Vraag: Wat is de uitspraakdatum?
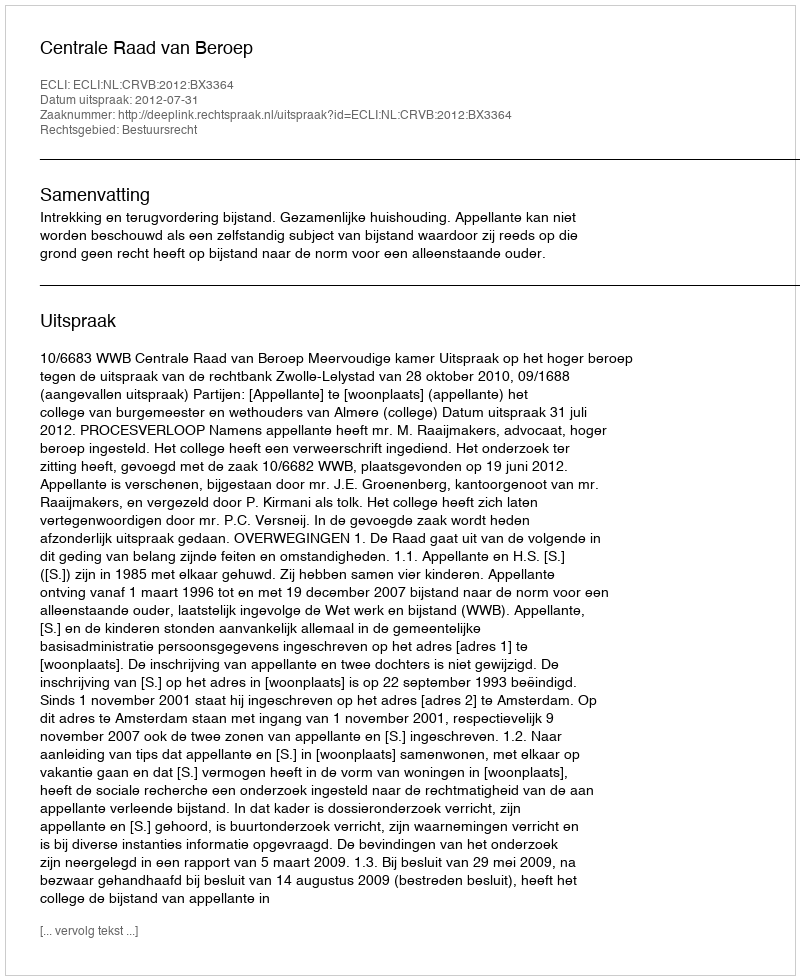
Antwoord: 2012-07-31